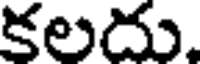
కలదు.